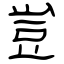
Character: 豈